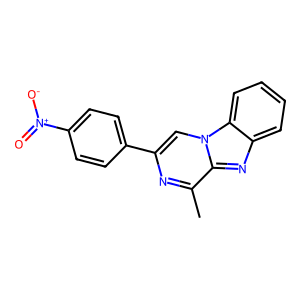
SMILES: Cc1nc(-c2ccc([N+](=O)[O-])cc2)cn2c1nc1ccccc12
Inhibits HIV replication: Yes